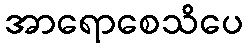
အာရောစေသိပေ